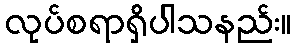
လုပ်စရာရှိပါသနည်း။